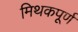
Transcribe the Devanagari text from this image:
मिथकपूर्ण